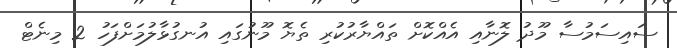
ސައިސަމުސާ މޫދު ލޮނާއި އެއްކޮށް ތައްޔާރުކުރި ތެޔޮ މޫނުގައި އުނގުޅާލުމަށްފަހު 2 މިނެޓް